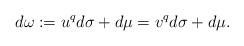
LaTeX: \begin{align*}d\omega := u^{q}d\sigma + d\mu = v^{q}d\sigma + d\mu.\end{align*}